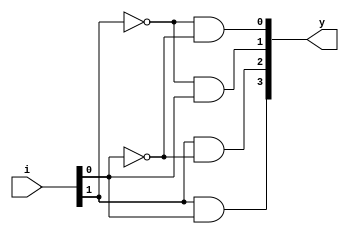
module decoder_2x4(i,y);
	input [1:0] i;
	output [3:0] y;
	assign y[0]=~i[1]&~i[0];
	assign y[1]=~i[1]&i[0];
	assign y[2]=i[1]&~i[0];
	assign y[3]=i[1]& i[0];
	
endmodule